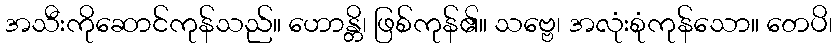
အသီးကိုဆောင်ကုန်သည်။ ဟောန္တိ၊ ဖြစ်ကုန်၏။ သဗ္ဗေ၊ အလုံးစုံကုန်သော။ တေပိ၊